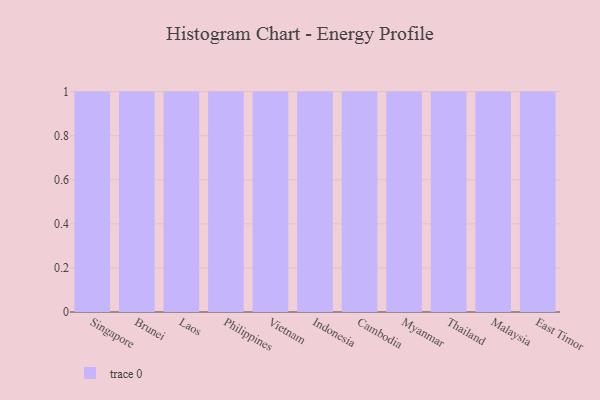
{"axis": {"x": "Country", "y": "Budget (USD K)"}, "legend": [""], "data": [{"x": "Singapore", "y": 74, "type": ""}, {"x": "Brunei", "y": 10, "type": ""}, {"x": "Laos", "y": 44, "type": ""}, {"x": "Philippines", "y": 11, "type": ""}, {"x": "Vietnam", "y": 51, "type": ""}, {"x": "Indonesia", "y": 80, "type": ""}, {"x": "Cambodia", "y": 48, "type": ""}, {"x": "Myanmar", "y": 13, "type": ""}, {"x": "Thailand", "y": 31, "type": ""}, {"x": "Malaysia", "y": 21, "type": ""}, {"x": "East Timor", "y": 84, "type": ""}]}